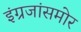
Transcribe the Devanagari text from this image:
इंग्रजांसमोर